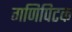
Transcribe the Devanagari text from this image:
गणिपिटक